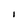
Character: I